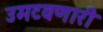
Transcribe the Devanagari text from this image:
उमटवणारी